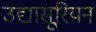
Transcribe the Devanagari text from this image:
उद्यासूरियन